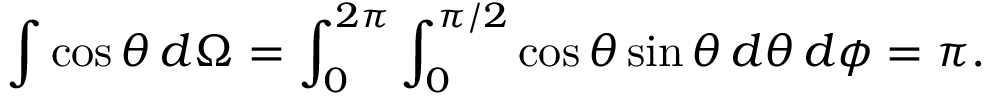
\int \cos \theta \, d \Omega = \int _ { 0 } ^ { 2 \pi } \int _ { 0 } ^ { \pi / 2 } \cos \theta \sin \theta \, d \theta \, d \phi = \pi .